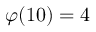
\varphi ( 1 0 ) = 4